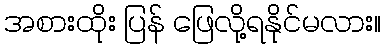
အစားထိုး ပြန် ဖြေလို့ရနိုင်မလား။